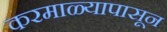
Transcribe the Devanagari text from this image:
करमाळ्यापासून